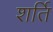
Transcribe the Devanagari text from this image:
शर्ति